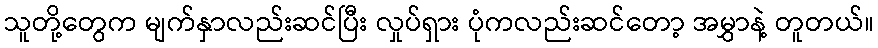
သူတို့တွေက မျက်နှာလည်းဆင်ပြီး လှုပ်ရှား ပုံကလည်းဆင်တော့ အမွှာနဲ့ တူတယ်။